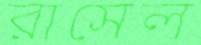
রাসেল